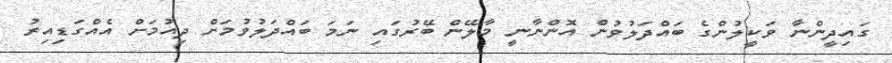
ގައިދީންނާ ވަކީލުންގެ ބައްދަލުވުން އޮންނާނީ މާލޭން ބޭރުގައި ނަމަ ބައްދަލުވުމަށް ދިއުމަށް އެއްގަޑިއިރު